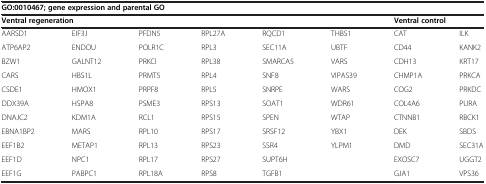
<table><thead><tr><td colspan="8"><b>GO:0010467; gene expression and parental GO</b></td></tr><tr><td colspan="6"><b>Ventral regeneration</b></td><td colspan="2"><b>Ventral control</b></td></tr></thead><tbody><tr><td>AARSD1</td><td>EIF3J</td><td>PFDN5</td><td>RPL27A</td><td>RQCD1</td><td>THBS1</td><td>CAT</td><td>ILK</td></tr><tr><td>ATP6AP2</td><td>ENDOU</td><td>POLR1C</td><td>RPL3</td><td>SEC11A</td><td>UBTF</td><td>CD44</td><td>KANK2</td></tr><tr><td>BZW1</td><td>GALNT12</td><td>PRKCI</td><td>RPL38</td><td>SMARCA5</td><td>VARS</td><td>CDH13</td><td>KRT17</td></tr><tr><td>CARS</td><td>HBS1L</td><td>PRMT5</td><td>RPL4</td><td>SNF8</td><td>VIPAS39</td><td>CHMP1A</td><td>PRKCA</td></tr><tr><td>CSDE1</td><td>HMOX1</td><td>PRPF8</td><td>RPL5</td><td>SNRPE</td><td>WARS</td><td>COG2</td><td>PRKDC</td></tr><tr><td>DDX39A</td><td>HSPA8</td><td>PSME3</td><td>RPS13</td><td>SOAT1</td><td>WDR61</td><td>COL4A6</td><td>PURA</td></tr><tr><td>DNAJC2</td><td>KDM1A</td><td>RCL1</td><td>RPS15</td><td>SPEN</td><td>WTAP</td><td>CTNNB1</td><td>RBCK1</td></tr><tr><td>EBNA1BP2</td><td>MARS</td><td>RPL10</td><td>RPS17</td><td>SRSF12</td><td>YBX1</td><td>DEK</td><td>SBDS</td></tr><tr><td>EEF1B2</td><td>METAP1</td><td>RPL13</td><td>RPS23</td><td>SSR4</td><td>YLPM1</td><td>DMD</td><td>SEC31A</td></tr><tr><td>EEF1D</td><td>NPC1</td><td>RPL17</td><td>RPS27</td><td>SUPT6H</td><td></td><td>EXOSC7</td><td>UGGT2</td></tr><tr><td>EEF1G</td><td>PABPC1</td><td>RPL18A</td><td>RPS8</td><td>TGFB1</td><td></td><td>GJA1</td><td>VPS36</td></tr></tbody></table>